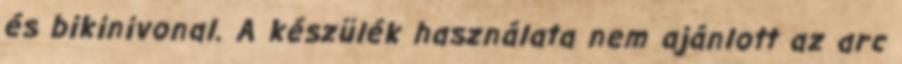
és bikinivonal. A készülék használata nem ajánlott az arc